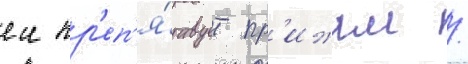
еи пр'еп'я́тствует пр'ижим /